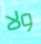
ولا